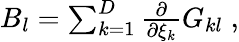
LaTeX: \begin{array}{r}{B_{l}=\sum_{k=1}^{D}\frac{\partial}{\partial\xi_{k}}G_{kl}\; ,}\end{array}